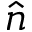
\hat { n }